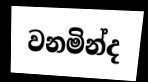
වනමින්ද